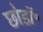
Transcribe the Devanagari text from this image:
छोडॉ॰